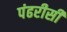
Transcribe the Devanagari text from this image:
पंढरीसी